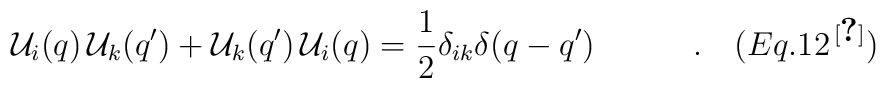
{\cal U}_i (q) \,{\cal U}_k (q^\prime) + {\cal U}_k (q^\prime) \,{\cal U}_i(q) ={1\over 2} \delta_{ik} \delta (q - q^\prime)\quad\quad\quad.\quad(Eq. 12^{\,\cite{Maj}})\nonumber